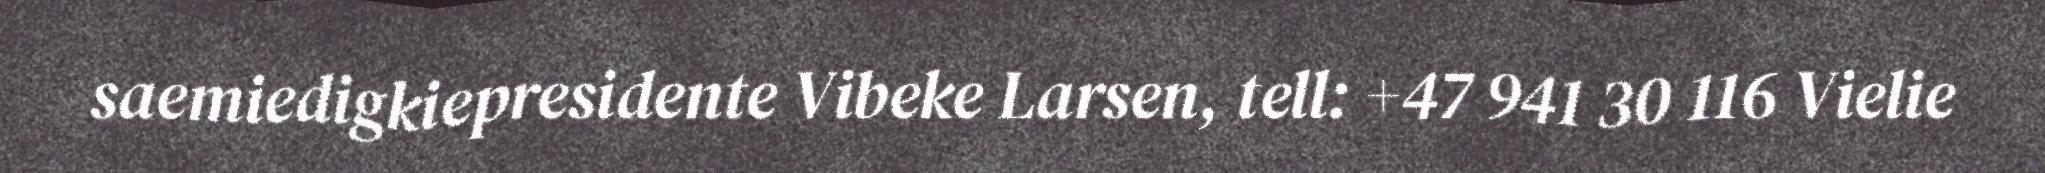
saemiedigkiepresidente Vibeke Larsen, tell: +47 941 30 116 Vielie